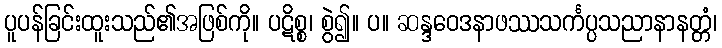
ပူပန်ခြင်းထူးသည်၏အဖြစ်ကို။ ပဋိစ္စ၊ စွဲ၍။ ပ။ ဆန္ဒဝေဒနာဖဿသင်္ကပ္ပသညာနာနတ္တံ၊